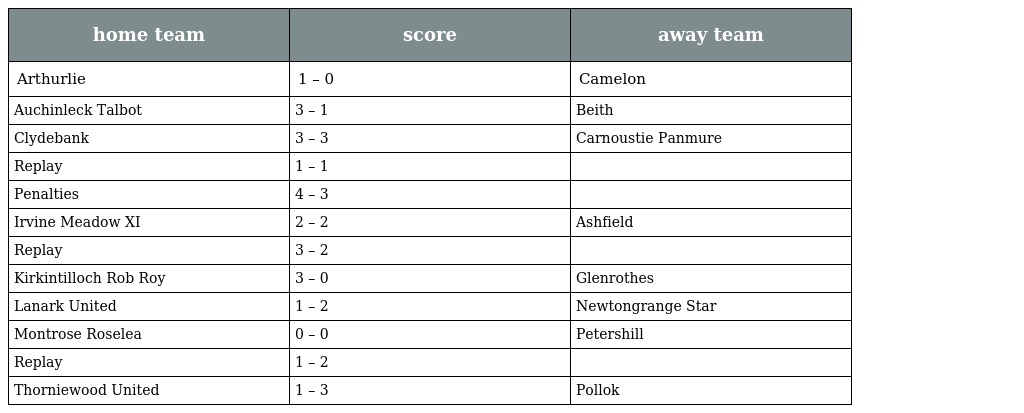
| home team | score | away team |
 | --- | --- | --- |
 | Arthurlie | 1 – 0 | Camelon |
 | Auchinleck Talbot | 3 – 1 | Beith |
 | Clydebank | 3 – 3 | Carnoustie Panmure |
 | Replay | 1 – 1 |  |
 | Penalties | 4 – 3 |  |
 | Irvine Meadow XI | 2 – 2 | Ashfield |
 | Replay | 3 – 2 |  |
 | Kirkintilloch Rob Roy | 3 – 0 | Glenrothes |
 | Lanark United | 1 – 2 | Newtongrange Star |
 | Montrose Roselea | 0 – 0 | Petershill |
 | Replay | 1 – 2 |  |
 | Thorniewood United | 1 – 3 | Pollok |